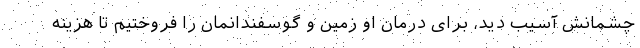
چشمانش آسیب دید، برای درمان او زمین و گوسفندانمان را فروختیم تا هزینه